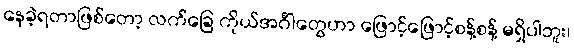
နေခဲ့ရတာဖြစ်တော့ လက်ခြေ ကိုယ်အင်္ဂါတွေဟာ ဖြောင့်ဖြောင့်စန့်စန့် မရှိပါဘူး၊